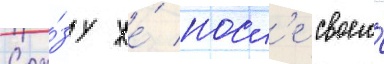
Сра́зу же́ посл'е своего́